Annual statistical returns and brief notes on vaccination in Bengal - 1909-1929
Year: 1909
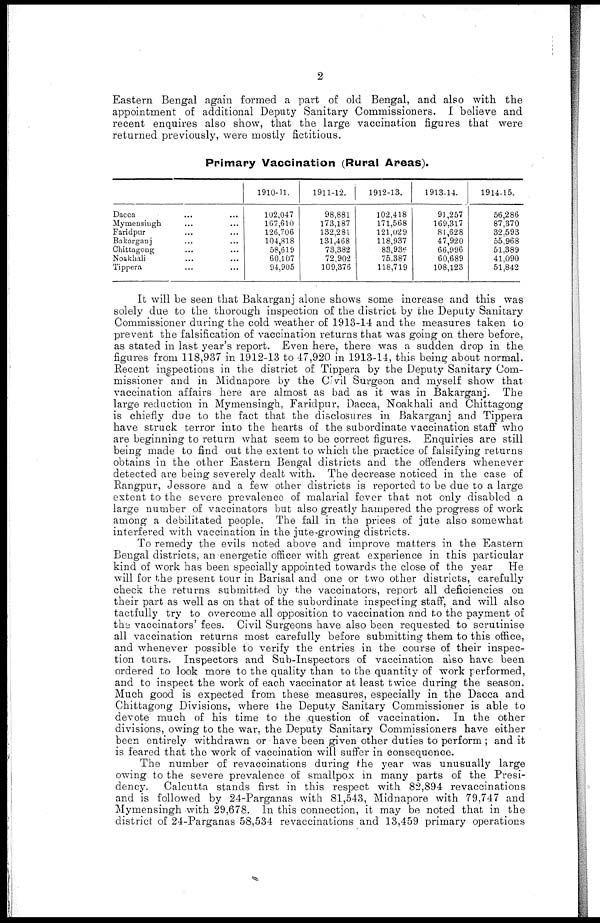
2
Eastern Bengal again formed a part of old Bengal, and also with the
appointment of additional Deputy Sanitary Commissioners. I believe and
recent enquires also show, that the large vaccination figures that were
returned previously, were mostly fictitious.
Primary Vaccination (Rural Areas).
Dacca ... ...
Mymensiugh ... ...
Faridpur ... ...
Bakarganj ... ...
Chittagong ... ...
Noakhali ... ...
Tippera ... ...
1910-11.
102,047
107,610
126,706
104,818
58,619
60,107
94,905
1911-12.
98,881
173,187
132,281
131,468
73,382
72,902
109,376
1912-13.
102,418
171,568
121,029
118,937
83,936
75,387
118,719
1913-14.
91,257
169,317
81,628
47,920
66,996
60,689
108,123
1914-15.
56,286
87,370
32,593
55,968
51,389
41,090
51,842
It will be seen that Bakarganj alone shows some increase and this was
solely due to the thorough inspection of the district by the Deputy Sanitary
Commissioner during the cold weather of 1913-14 and the measures taken to
prevent the falsification of vaccination returns that was going on there before,
as stated in last year's report. Even here, there was a sudden drop in the
figures from 118,937 in 1912-13 to 47,920 in 1913-14, this being about normal.
Recent inspections in the district of Tippera by the Deputy Sanitary Com-
missioner and in Midnapore by the Civil Surgeon and myself show that
vaccination affairs here are almost as bad as it was in Bakarganj. The
large reduction in Mymensingh, Faridpur, Dacca, Noakhali and Chittagong
is chiefly due to the fact that the disclosures in Bakarganj and Tippera
have struck terror into the hearts of the subordinate vaccination staff who
are beginning to return what seem to be correct figures. Enquiries are still
being made to find out the extent to which the practice of falsifying returns
obtains in the other Eastern Bengal districts and the offenders whenever
detected are being severely dealt with. The decrease noticed in the case of
Rangpur, Jessore and a few other districts is reported to be due to a large
extent to the severe prevalence of malarial fever that not only disabled a
large number of vaccinators but also greatly hampered the progress of work
among a debilitated people. The fall in the prices of jute also somewhat
interfered with vaccination in the jute-growing districts.
To remedy the evils noted above and improve matters in the Eastern
Bengal districts, an energetic officer with great experience in this particular
kind of work has been specially appointed towards the close of the year He
will for the present tour in Barisal and one or two other districts, carefully
check the returns submitted by the vaccinators, report all deficiencies on
their part as well as on that of the subordinate inspecting staff, and will also
tactfully try to overcome all opposition to vaccination and to the payment of
the vaccinators' fees. Civil Surgeons have also been requested to scrutinise
all vaccination returns most carefully before submitting them to this office,
and whenever possible to verify the entries in the course of their inspec-
tion tours. Inspectors and Sub-Inspectors of vaccination also have been
ordered to look more to the quality than to the quantity of work performed,
and to inspect the work of each vaccinator at least twice during the season.
Much good is expected from these measures, especially in the Dacca and
Chittagong Divisions, where the Deputy Sanitary Commissioner is able to
devote much of his time to the question of vaccination. In the other
divisions, owing to the war, the Deputy Sanitary Commissioners have either
been entirely withdrawn or have been given other duties to perform ; and it
is feared that the work of vaccination will suffer in consequence.
The number of revaccinations during the year was unusually large
owing to the severe prevalence of smallpox in many parts of the Presi-
dency. Calcutta stands first in this respect with 82,894 revaccinations
and is followed by 24-Parganas with 81,543, Midnapore with 79,747 and
Mymensingh with 29,678. In this connection, it may be noted that in the
district of 24-Parganas 58,534 revaccinations and 13,459 primary operations